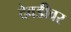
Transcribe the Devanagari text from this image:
देवडीवर